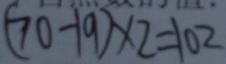
( 7 0 - 1 9 ) \times 2 = 1 0 2